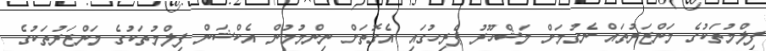
ފިލްމުތަކުގެ މަންޒަރުތައް ނެގުމަށް މަޝްހޫރު ޕެރިހުގައި އެގޮތަށް ނިންމުމުން އެކްޝަން ފިލްމުތަކުގެ މަންޒަރުތަކުގެ